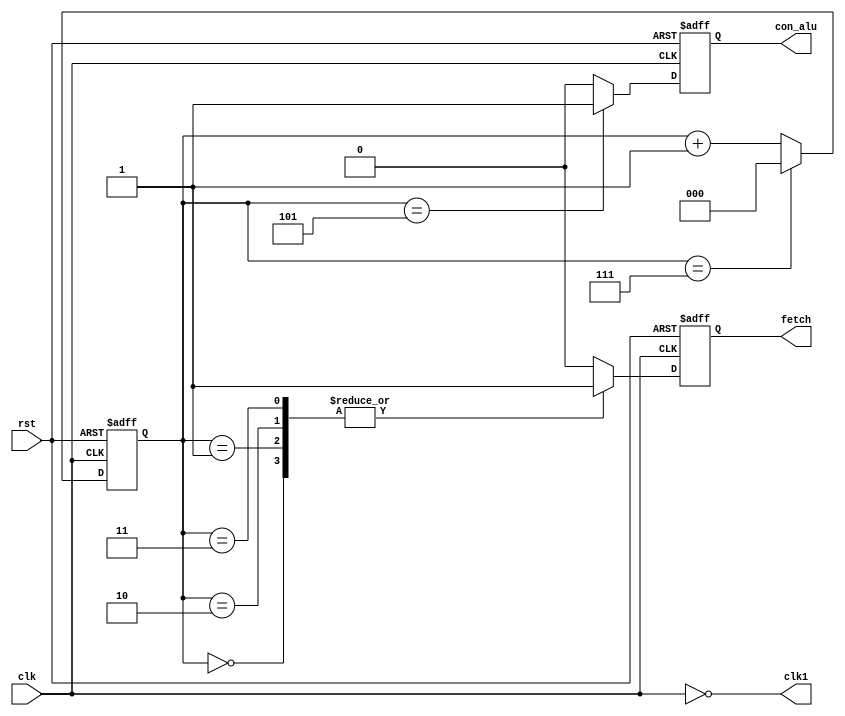
//clk1 = ~clk
//fetch 1:pc_addr 0:ir_addr
//con_alu run on special time
module clk_generator(
	clk,
	rst,
	clk1,
	fetch,
	con_alu
);

input clk, rst;
output reg fetch, con_alu;
output clk1;
wire clk1;
reg [2:0]count;

assign clk1=~clk;

always@(posedge clk or negedge rst) begin
	if(!rst) count <= 2'b0;
	else if(count == 7)
		count <= 0;
	else count <= count + 1;
end

//count == 0-3 fetch = 1
//count == 4-7 fetch = 0
//pc ir
//count == 5 con_alu = 1
always@(posedge clk or negedge rst)begin
	if(!rst)begin
		fetch <= 0;
		con_alu <= 0;
	end
	//{fetch, con_alu} <= 2'b0;
	else begin
		if(count == 5)con_alu <= 1;
		else con_alu <= 0;
		case (count)
			0:fetch = 1;
			1:fetch = 1;
			2:fetch = 1;
			3:fetch = 1;
			default fetch = 0;
		endcase
	end
end

endmodule